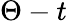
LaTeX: \Theta-t